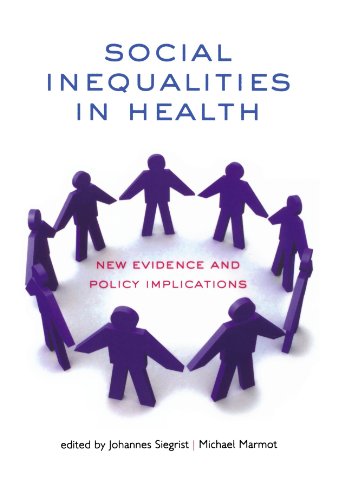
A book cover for Social Inequalities in Health: New Evidence and Policy Implications; Medical Books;